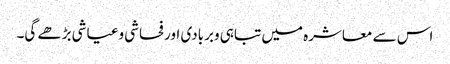
اس سے معاشرہ میں تباہی وبربادی اورفحاشی وعیاشی بڑھے گی۔